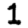
Digit: 1